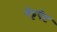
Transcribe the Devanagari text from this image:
चेट्टपेट